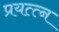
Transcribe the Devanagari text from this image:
प्रयत्त्न